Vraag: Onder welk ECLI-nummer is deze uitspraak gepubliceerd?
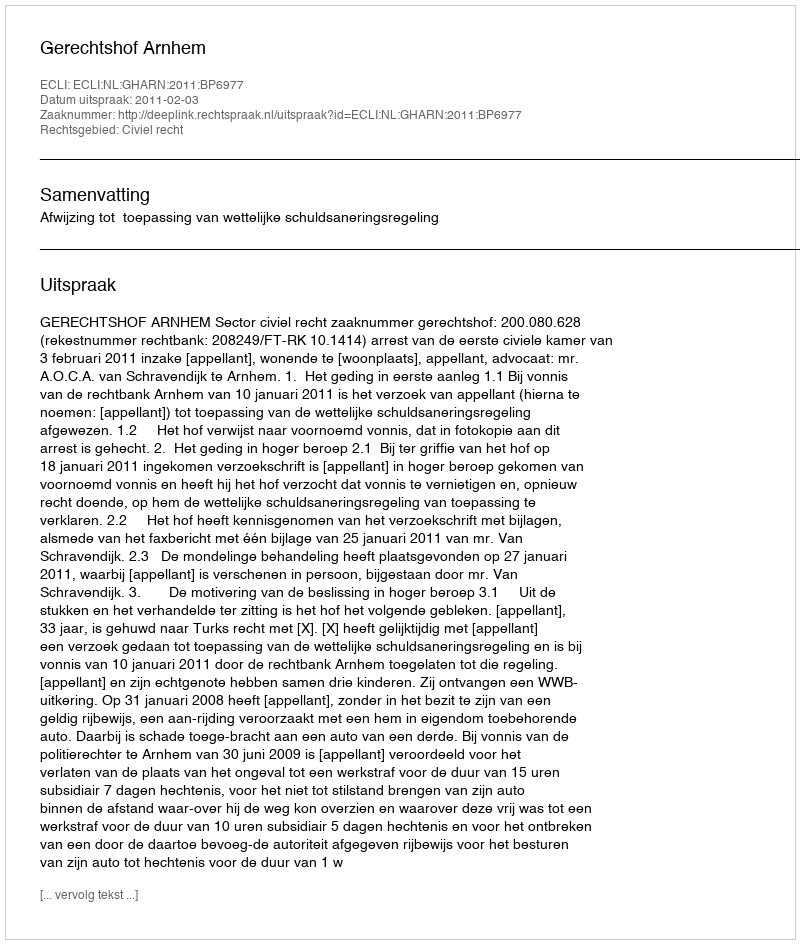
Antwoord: ECLI:NL:GHARN:2011:BP6977